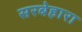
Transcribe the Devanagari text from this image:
सरबेहारा